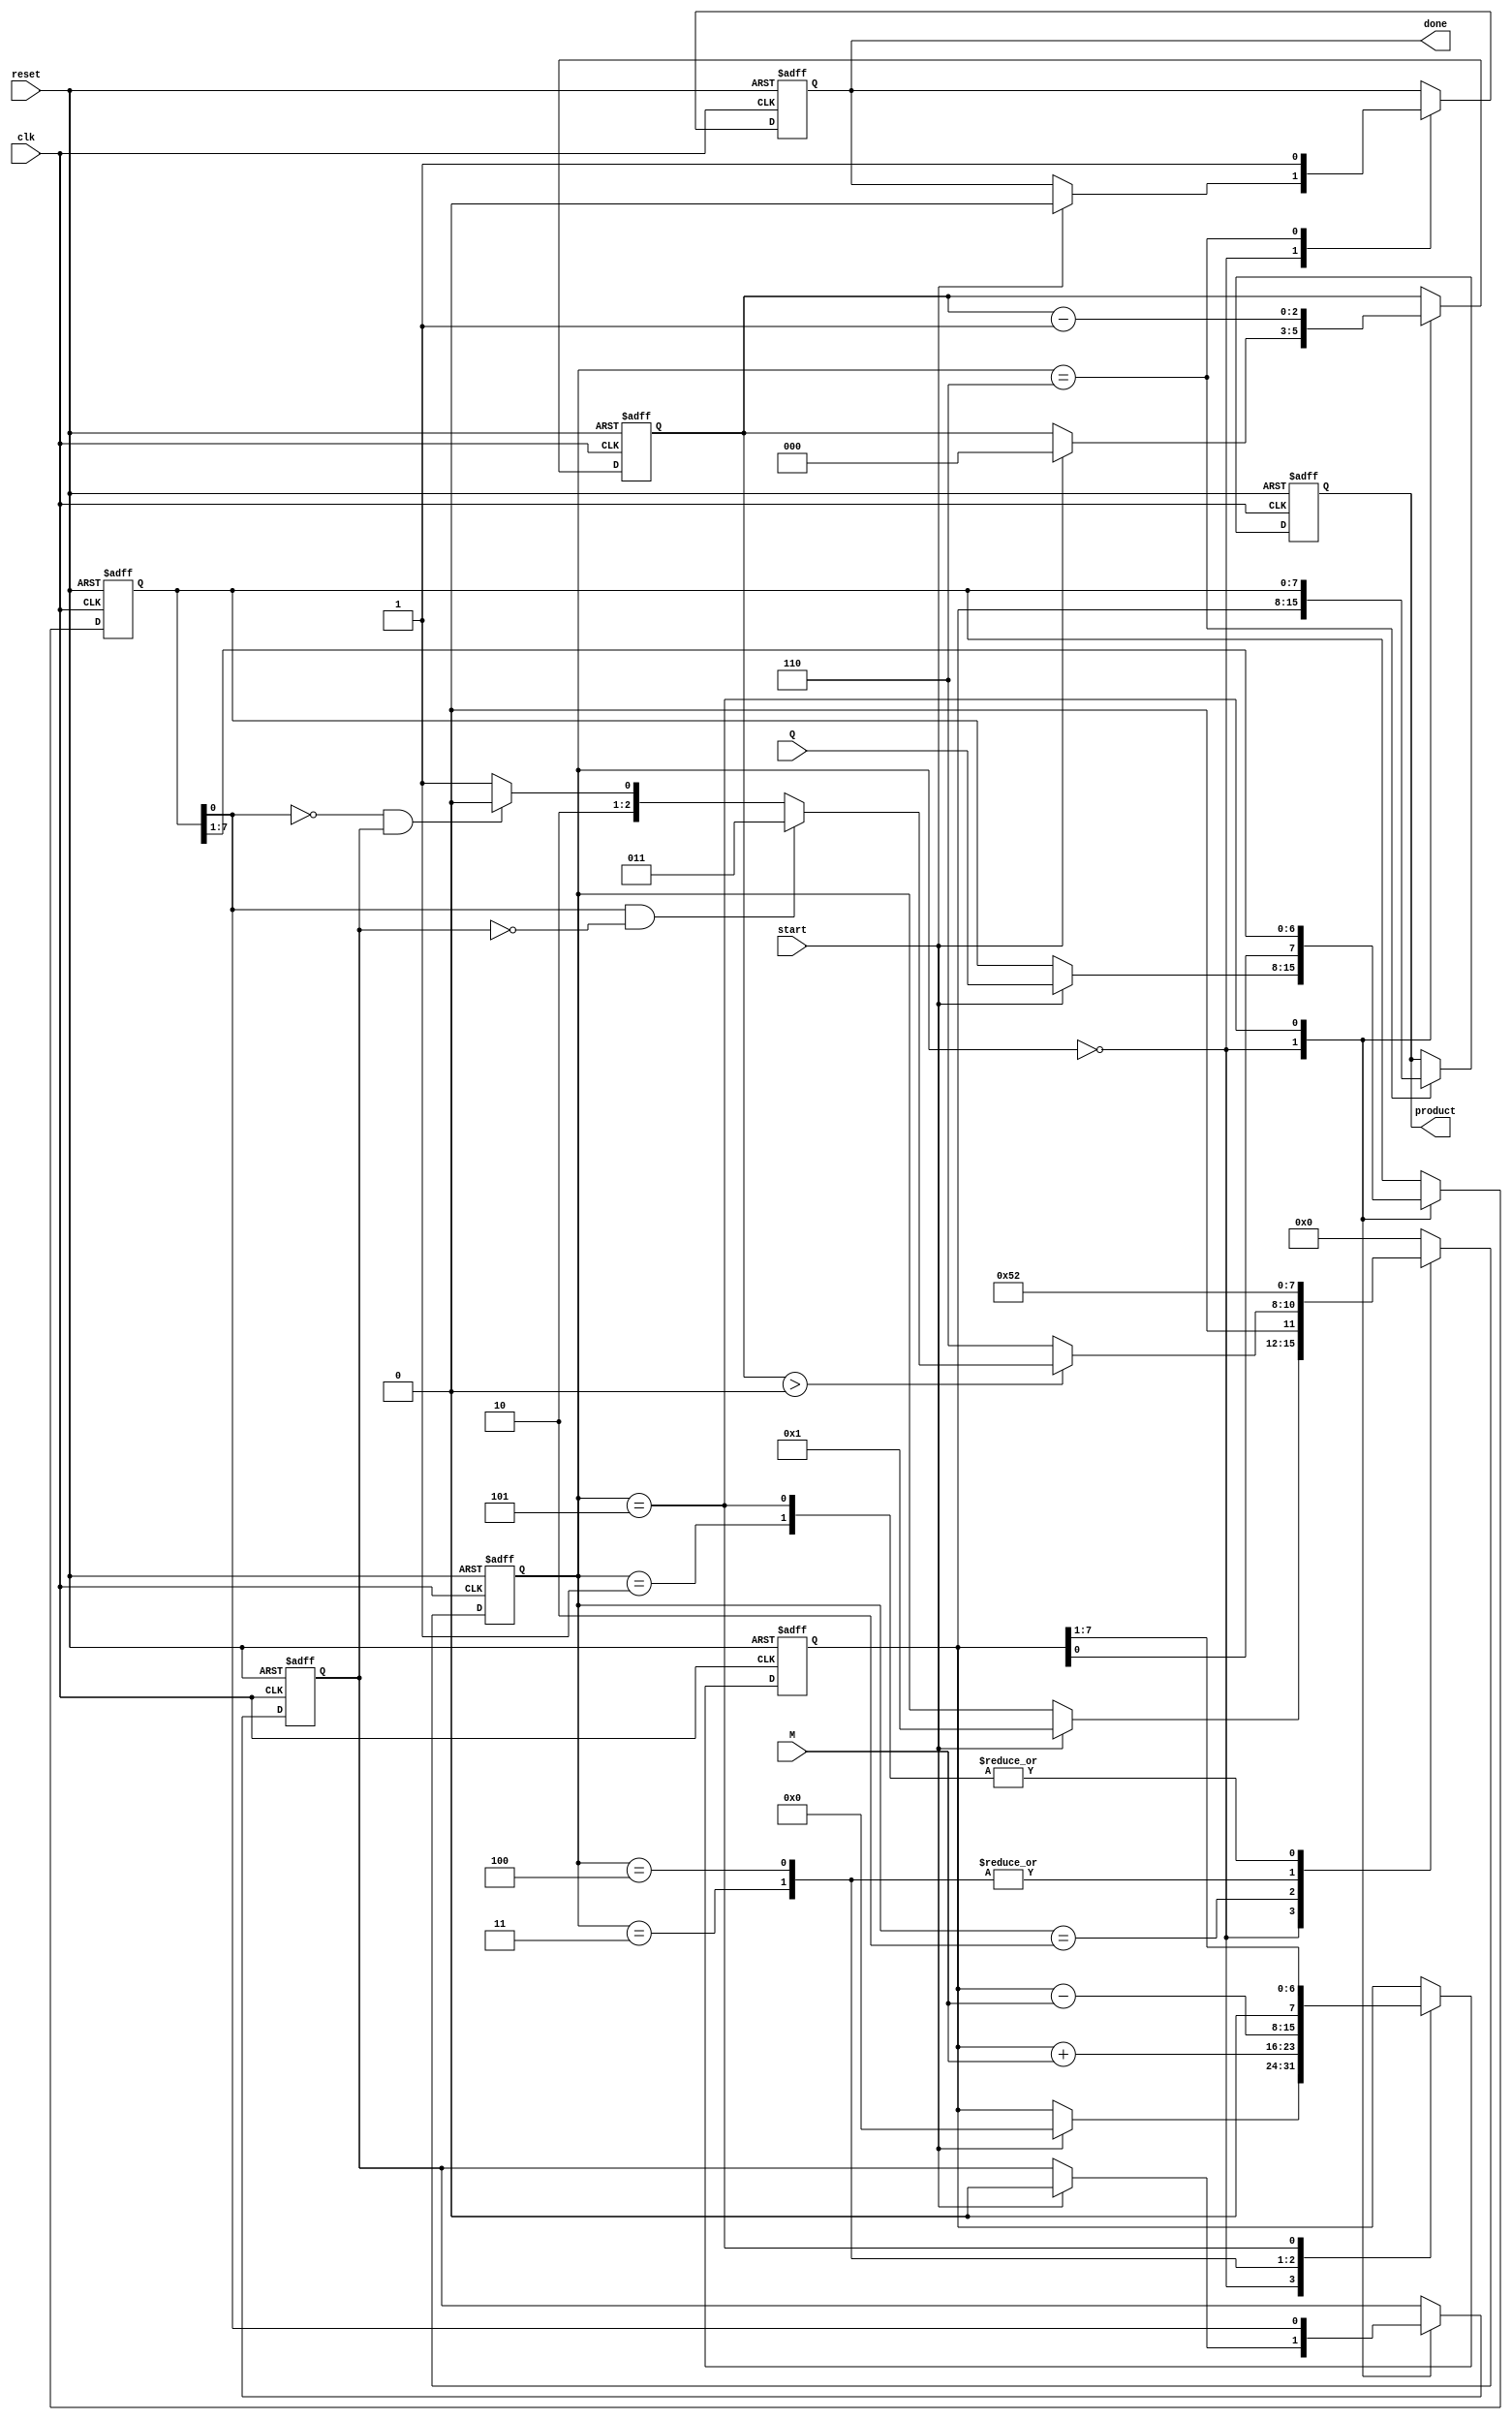
module booth_multiplier #(parameter WIDTH = 8) (
    input wire clk,
    input wire reset,
    input wire start,
    input wire signed [WIDTH-1:0] M, // Multiplicand
    input wire signed [WIDTH-1:0] Q, // Multiplier
    output reg signed [2*WIDTH-1:0] product, // Product output
    output reg done // Done signal
);

    // Internal registers
    reg signed [WIDTH-1:0] A; // A register
    reg signed [WIDTH-1:0] Q_reg; // Q register
    reg Q_1; // Q-1 register
    reg [3:0] state; // FSM state
    reg [2:0] count; // Count for iterations

    // FSM states
    localparam IDLE = 4'b0000,
               INIT = 4'b0001,
               CHECK = 4'b0010,
               ADD = 4'b0011,
               SUB = 4'b0100,
               SHIFT = 4'b0101,
               DONE = 4'b0110;

    // Sequential logic for state transitions
    always @(posedge clk or posedge reset) begin
        if (reset) begin
            A <= 0;
            Q_reg <= 0;
            Q_1 <= 0;
            product <= 0;
            state <= IDLE;
            count <= 0;
            done <= 0;
        end else begin
            case (state)
                IDLE: begin
                    if (start) begin
                        Q_reg <= Q; // Load Q
                        A <= 0; // Initialize A to 0
                        Q_1 <= 0; // Initialize Q-1 to 0
                        count <= WIDTH; // Set count for iterations
                        state <= INIT;
                        done <= 0;
                    end
                end
                INIT: begin
                    state <= CHECK; // Move to check state
                end
                CHECK: begin
                    if (count > 0) begin
                        if (Q_reg[0] == 1 && Q_1 == 0) begin
                            state <= ADD; // Q=1, Q-1=0 -> Add M
                        end else if (Q_reg[0] == 0 && Q_1 == 1) begin
                            state <= SUB; // Q=0, Q-1=1 -> Subtract M
                        end else begin
                            state <= SHIFT; // No operation
                        end
                    end else begin
                        state <= DONE; // All iterations done
                    end
                end
                ADD: begin
                    A <= A + M; // A = A + M
                    state <= SHIFT; // Move to shift state
                end
                SUB: begin
                    A <= A - M; // A = A - M
                    state <= SHIFT; // Move to shift state
                end
                SHIFT: begin
                    // Arithmetic right shift
                    {A, Q_reg} <= {A, Q_reg} >> 1;
                    Q_1 <= Q_reg[0]; // Update Q-1
                    count <= count - 1; // Decrement count
                    state <= CHECK; // Check next operation
                end
                DONE: begin
                    product <= {A, Q_reg}; // Combine A and Q for product
                    done <= 1; // Set done flag
                    state <= IDLE; // Go back to idle
                end
                default: state <= IDLE; // Default state
            endcase
        end
    end
endmodule